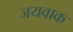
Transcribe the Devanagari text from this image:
जयवाक